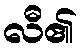
လီ၏